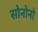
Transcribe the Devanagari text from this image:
सोनोनो